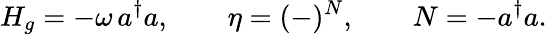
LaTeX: H_{g}=-\omega\, a^{\dagger}a,\qquad\eta=(-)^{N},\qquad N=-a^{\dagger}a.